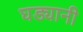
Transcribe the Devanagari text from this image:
घड्यानी